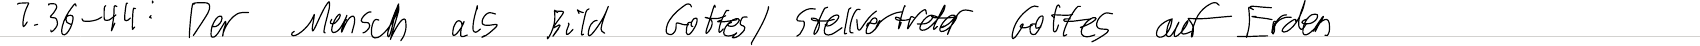
Z.36-44: Der Mensch als Bild Gottes / Stellvertreter Gottes auf Erden